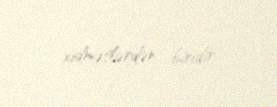
xidmətlərdən biridir.